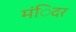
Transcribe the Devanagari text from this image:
मंिदर